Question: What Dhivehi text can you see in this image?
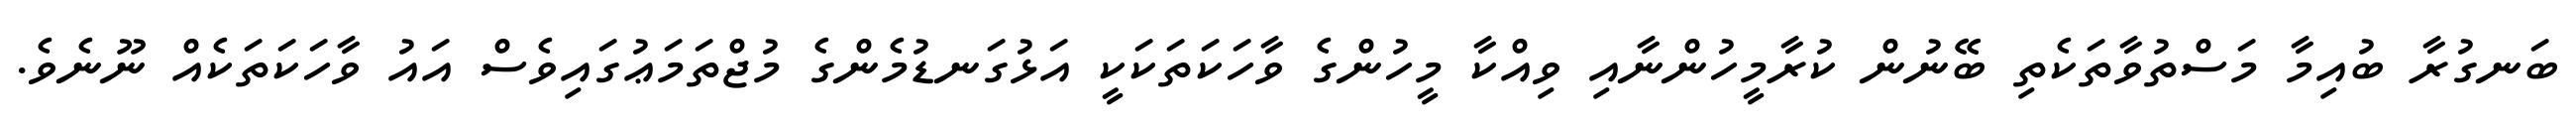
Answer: ބަނގުރާ ބުއިމާ މަސްތުވާތަކެތި ބޭނުން ކުރާމީހުންނާއި ވިއްކާ މީހުންގެ ވާހަކަތަކަކީ އަޅުގަނޑުމެންގެ މުޖްތަމަޢުގައިވެސް އައު ވާހަކަތަކެއް ނޫނެވެ.